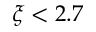
\xi < 2 . 7